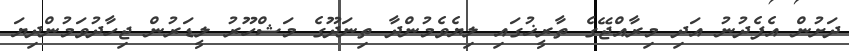
ދަށުން އެފެދުނު އަދި މިރާއްޖޭގެ ތާރީޚުގައި ލިޔެވެމުންދާ ތިނަދޫގެ މަޝްހޫރު ލީޑަރުން ޖިހާދުވަމުންދިޔަ